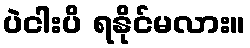
ပဲငါးပိ ရနိုင်မလား။